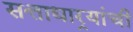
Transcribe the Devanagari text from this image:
सत्ताधार्‍यांची